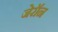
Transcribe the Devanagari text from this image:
जेरॉन